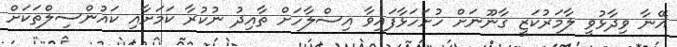
އޭނާ ވިދާޅުވީ ލާމަރުކަޒީ ގާނޫނަށް ހުށަހަޅާފައިވާ އިސްލާހަށް ތާއިދު ނުކުރާ ކަމަށާއި ކައުންސިލްތަކަށް